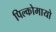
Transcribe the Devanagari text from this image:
पिल्कोमायो